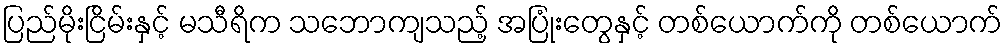
ပြည်မိုးငြိမ်းနှင့် မသီရိက သဘောကျသည့် အပြုံးတွေနှင့် တစ်ယောက်ကို တစ်ယောက်